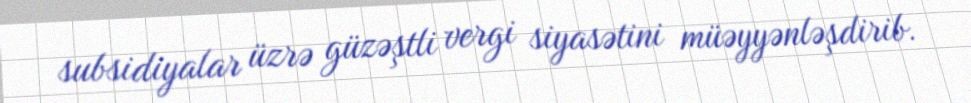
subsidiyalar üzrə güzəştli vergi siyasətini müəyyənləşdirib.